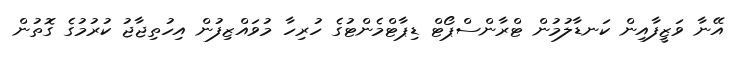
އޭނާ ވަޒީފާއިން ކަނޑާލުމުން ޓްރާންސްޕޯޓް ޑިޕާޓްމެންޓުގެ ހުރިހާ މުވައްޒިފުން އިހުތިޖާޖު ކުރުމުގެ ގޮތުން